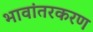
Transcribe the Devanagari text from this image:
भावांतरकरण